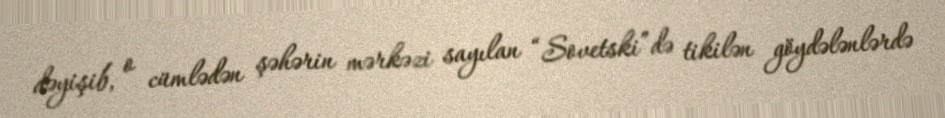
dəyişib, o cümlədən şəhərin mərkəzi sayılan “Sovetski”də tikilən göydələnlərdə